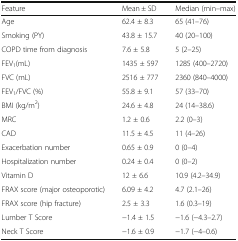
| Feature | Mean ± SD | Median (min–max) |
 | --- | --- | --- |
 | Age | 62.4 ± 8.3 | 65 (41–76) |
 | Smoking (PY) | 43.8 ± 15.7 | 40 (20–100) |
 | COPD time from diagnosis | 7.6 ± 5.8 | 5 (2–25) |
 | FEV1(mL) | 1435 ± 597 | 1285 (400–2720) |
 | FVC (mL) | 2516 ± 777 | 2360 (840–4000) |
 | FEV1/FVC (%) | 55.8 ± 9.1 | 57 (33–70) |
 | BMI (kg/m2) | 24.6 ± 4.8 | 24 (14–38.6) |
 | MRC | 1.2 ± 0.6 | 2.2 (0–3) |
 | CAD | 11.5 ± 4.5 | 11 (4–26) |
 | Exacerbation number | 0.65 ± 0.9 | 0 (0–4) |
 | Hospitalization number | 0.24 ± 0.4 | 0 (0–2) |
 | Vitamin D | 12 ± 6.6 | 10.9 (4.2–34.9) |
 | FRAX score (major osteoporotic) | 6.09 ± 4.2 | 4.7 (2.1–26) |
 | FRAX score (hip fracture) | 2.5 ± 3.3 | 1.6 (0.3–19) |
 | Lumber T Score | −1.4 ± 1.5 | −1.6 (−4.3–2.7) |
 | Neck T Score | −1.6 ± 0.9 | −1.7 (−4–0.6) |